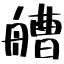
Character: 艚